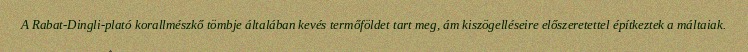
A Rabat-Dingli-plató korallmészkő tömbje általában kevés termőföldet tart meg, ám kiszögelléseire előszeretettel építkeztek a máltaiak.